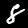
Digit: 8